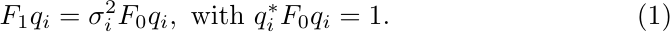
        \begin{equation}\label{eq:rGEP}
        F_1 q_i = \sigma_i^2 F_0 q_i, \text{ with } q_i^* F_0 q_i = 1.
        \end{equation}